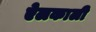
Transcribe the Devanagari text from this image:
ऐलकाली